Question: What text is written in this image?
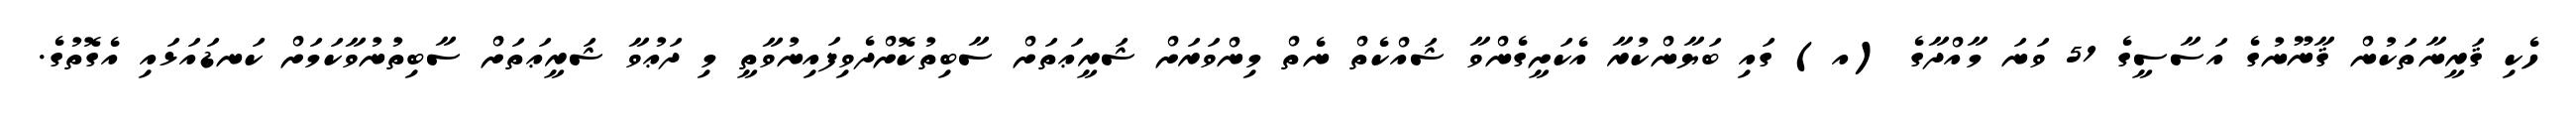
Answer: ހެކި ޤަރީނާތަކުން ޤާނޫނުގެ އަސާސީގެ 51 ވަނަ މާއްދާގެ (އ) ގައި ބަޔާންކުރާ އެކަށީގެންވާ ޝައްކެތް ނެތް މިންވަރަށް ޝަރީޢަތަށް ސާބިތުކޮށްދެވިފައިނުވާތީ މި ދަޢުވާ ޝަރީޢަތަށް ސާބިތުނުވާކަމަށް ކަނޑައަޅައި އެގޮތުގެ.